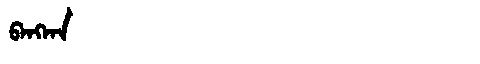
Manchu: ᠪᠠᠩᡴᠠ
Romanization: BANGKA